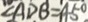
\angle A D B = 4 5 ^ { \circ }